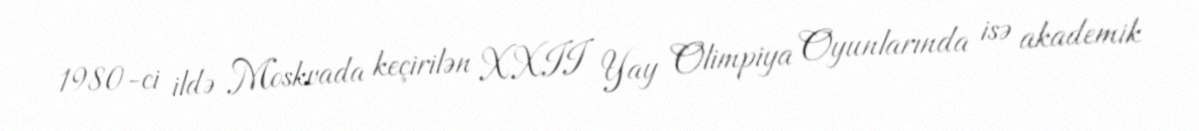
1980-ci ildə Moskvada keçirilən XXII Yay Olimpiya Oyunlarında isə akademik